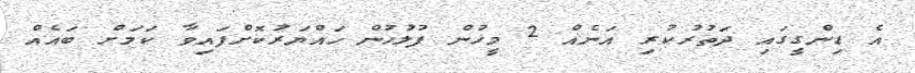
އެ ޑިންގީގައި ދަތުރުކުރި އަނެއް 2 މީހުން ފުލުހުން ހައްޔަރުކޮށްފައިވާ ކަމަށް ބައެއް